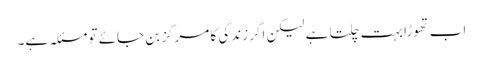
اب تھوڑا بہت چلتا ہے لیکن اگر زندگی کا مرکز بن جائے تو مسئلہ ہے۔